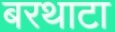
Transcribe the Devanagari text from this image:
बरथाटा